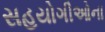
સહયોગીઓના